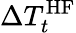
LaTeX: \Delta T_{t}^{\mathrm{HF}}